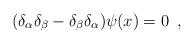
LaTeX: \begin{align*}(\delta_\alpha\delta_\beta -\delta_\beta\delta_\alpha) \psi(x) =0 \,\,\, ,\end{align*}